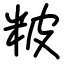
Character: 𥹖